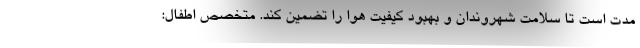
مدت است تا سلامت شهروندان و بهبود کیفیت هوا را تضمین کند. متخصص اطفال: